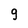
Character: g